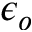
\epsilon _ { o }